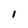
Character: l